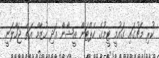
ކުރި މެޗުގައި ގައުމީ ޓީމުގެ ކެޕްޓަން އީޝާން އަދި ހުޒާމް އަތް ޖަހާލަނީ.